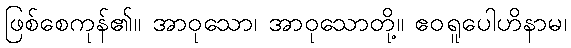
ဖြစ်စေကုန်၏။ အာဝုသော၊ အာဝုသောတို့။ ဧဝရူပေါဟိနာမ၊